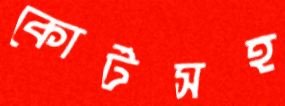
কোর্টসহ